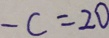
- c = 2 0